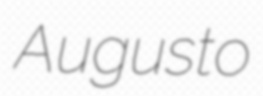
Augusto